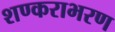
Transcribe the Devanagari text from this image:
शण्कराभरण